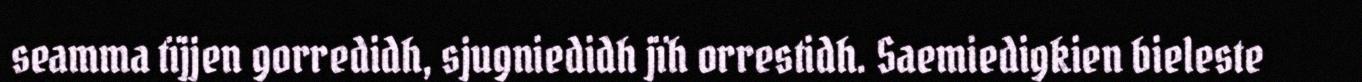
seamma tïjjen gorredidh, sjugniedidh jïh orrestidh. Saemiedigkien bieleste